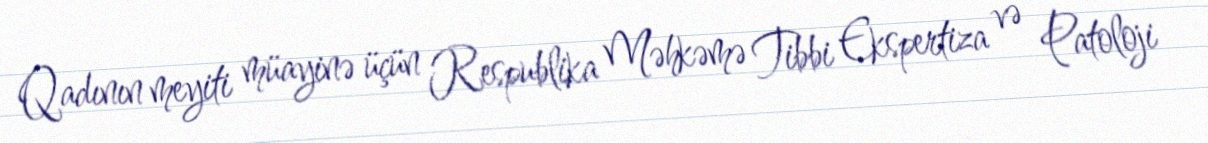
Qadının meyiti müayinə üçün Respublika Məhkəmə Tibbi Ekspertiza və Patoloji